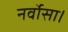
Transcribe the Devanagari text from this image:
नर्वोसा।